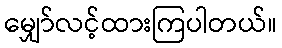
မျှော်လင့်ထားကြပါတယ်။